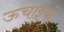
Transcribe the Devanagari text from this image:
ऊचाईयों